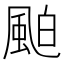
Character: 𩗀